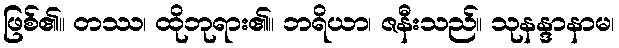
ဖြစ်၏။ တဿ၊ ထိုဘုရား၏။ ဘရိယာ၊ ဇနီးသည်။ သုနန္ဒာနာမ၊